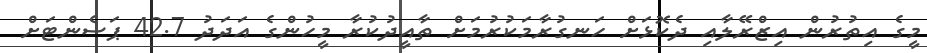
މީގެ އިތުރުން އިޒްރޭލާއި ދެކޮޅަށް ހަނގުރާމަކުރުމަށް ތާއީދުކުރާ މީހުންގެ އަދަދު 42.7 ޕަސެންޓަށް